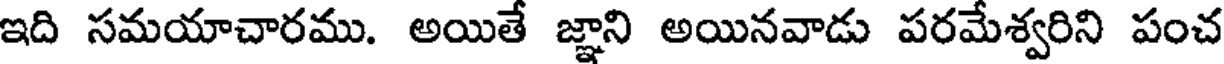
ఇది సమయాచారము. అయితే జ్ఞాని అయినవాడు పరమేశ్వరిని పంచ